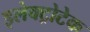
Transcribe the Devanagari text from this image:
इलेक्ट्रोटेक